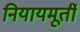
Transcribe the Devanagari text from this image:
नियायमूर्ती